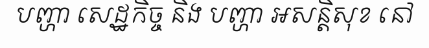
បញ្ហា សេដ្ឋកិច្ច និង បញ្ហា អសន្តិសុខ នៅ